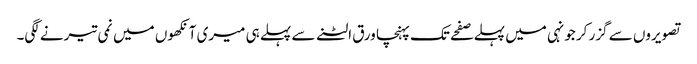
تصویروں سے گزر کر جونہی میں پہلے صفحے تک پہنچا ورق الٹنے سے پہلے ہی میری آنکھوں میں نمی تیرنے لگی۔